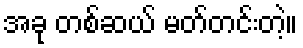
အခု တစ်ဆယ် မတ်တင်းတဲ့။